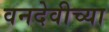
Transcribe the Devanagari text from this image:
वनदेवीच्या